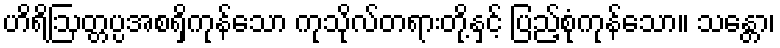
ဟိရိဩတ္တပ္ပအစရှိကုန်သော ကုသိုလ်တရားတို့နှင့် ပြည့်စုံကုန်သော။ သန္တော၊